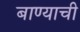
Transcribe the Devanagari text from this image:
बाण्याची